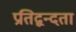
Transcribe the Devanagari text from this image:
प्रतिद्वन्दता